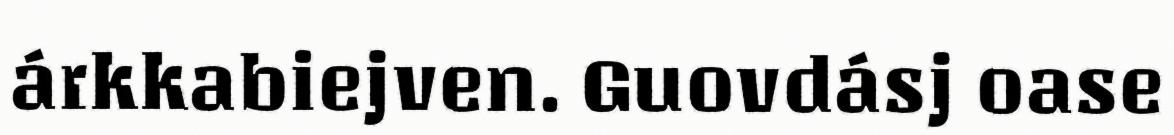
árkkabiejven. Guovdásj oase